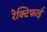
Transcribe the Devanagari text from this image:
रेक्टिफाई